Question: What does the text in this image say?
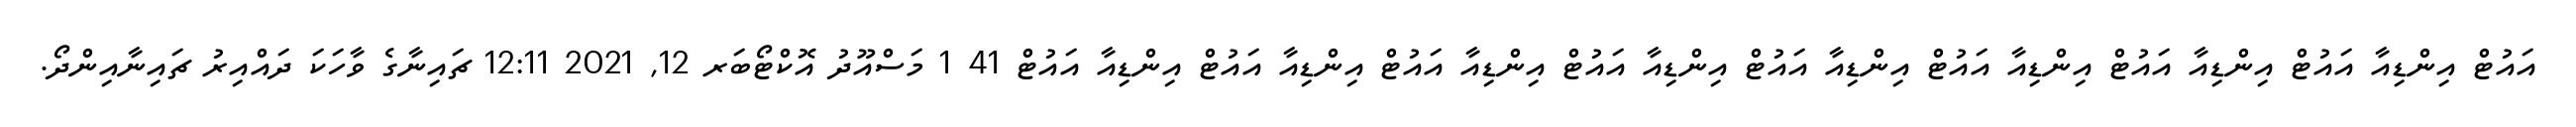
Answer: އައުޓް އިންޑިއާ އައުޓް އިންޑިއާ އައުޓް އިންޑިއާ އައުޓް އިންޑިއާ އައުޓް އިންޑިއާ އައުޓް އިންޑިއާ އައުޓް އިންޑިއާ އައުޓް އިންޑިއާ އައުޓް 41 1 މަސްއޫދު އޮކްޓޯބަރ 12, 2021 12:11 ޗައިނާގެ ވާހަކަ ދައްއިރު ޗައިނާއިންދޯ.